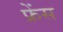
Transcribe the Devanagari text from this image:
फ्रेंस